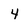
Character: 4